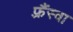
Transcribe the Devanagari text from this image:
फ़्रैंस्वा